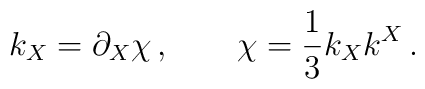
k_X=\partial _X \chi \,,\qquad \chi =\frac 13 k_Xk^X\,.